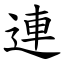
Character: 連